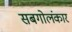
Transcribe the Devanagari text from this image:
सबगोलंकार